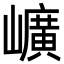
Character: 𡾇